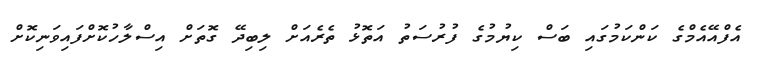
އެފްއޭއެމްގެ ކަންކަމުގައި ބަސް ކިޔުމުގެ ފުރުސަތު އަތޮޅު ތެރެއަށް ލިބިދޭ ގޮތަށް އިސްލާހުކޮށްފައިވަނިކޮށް